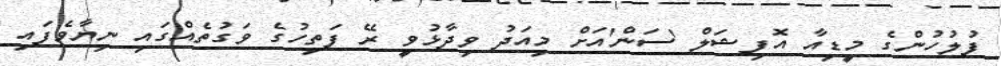
ފުލުހުންގެ މީޑިއާ އޮފިޝަލް 'ސަން'އަށް މިއަދު ވިދާޅުވީ ރޭ ފަތިހުގެ ވަގުތެއްގައި ނިޔާވެފައި